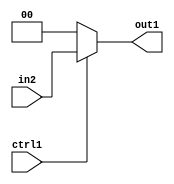
`timescale 1ps / 1ps
/*****************************************************************************
    Verilog RTL Description
    
    
    Created by: CellMath Designer 2019.1.01 
*******************************************************************************/

module sfu_out_buff_N_Mux_2_2_9_4_0 (
	in2,
	ctrl1,
	out1
	); /* architecture "behavioural" */ 
input [1:0] in2;
input  ctrl1;
output [1:0] out1;
wire [1:0] asc001;

reg [1:0] asc001_tmp_0;
assign asc001 = asc001_tmp_0;
always @ (ctrl1 or in2) begin
	case (ctrl1)
		1'B1 : asc001_tmp_0 = in2 ;
		default : asc001_tmp_0 = 2'B00 ;
	endcase
end

assign out1 = asc001;
endmodule

/* CADENCE  uLTySQk= : u9/ySgnWtBlWxVPRXgAZ4Og= ** DO NOT EDIT THIS LINE ******/